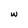
Character: w